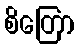
စိတြော